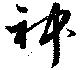
神